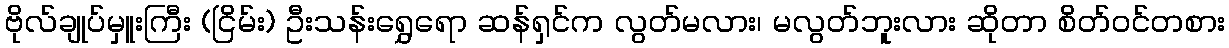
ဗိုလ်ချုပ်မှူးကြီး (ငြိမ်း) ဦးသန်းရွှေရော ဆန်ရှင်က လွတ်မလား၊ မလွတ်ဘူးလား ဆိုတာ စိတ်ဝင်တစား